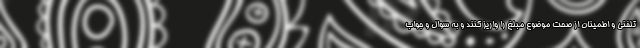
تلفنی و اطمینان از صحت موضوع مبلغ را واریز کنند و به سوال و جواب